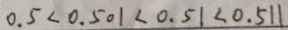
0 . 5 < 0 . 5 0 1 < 0 . 5 1 < 0 . 5 1 1